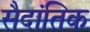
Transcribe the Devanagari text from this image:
सैदांतिक